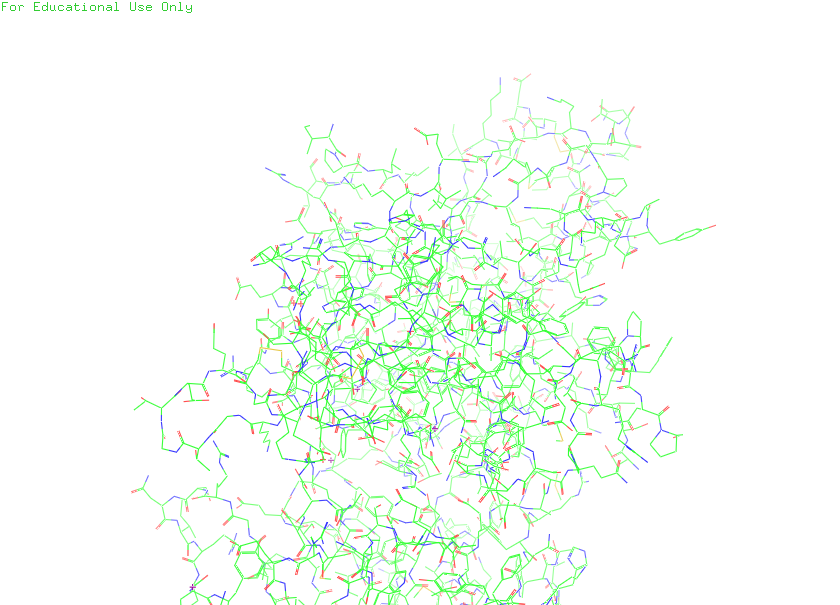
pymol, preset, default